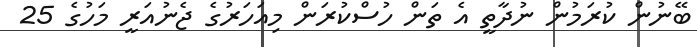
ބޭނުން ކުރަމުން ނުދާތީ އެ ތަން ހުސްކުރަން މިއަހަރުގެ ޖެނުއަރީ މަހުގެ 25